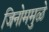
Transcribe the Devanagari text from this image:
जिनोममुळे